38_143685_box_Incident_Summaries_101-172
Agency: Department of War
Page 142
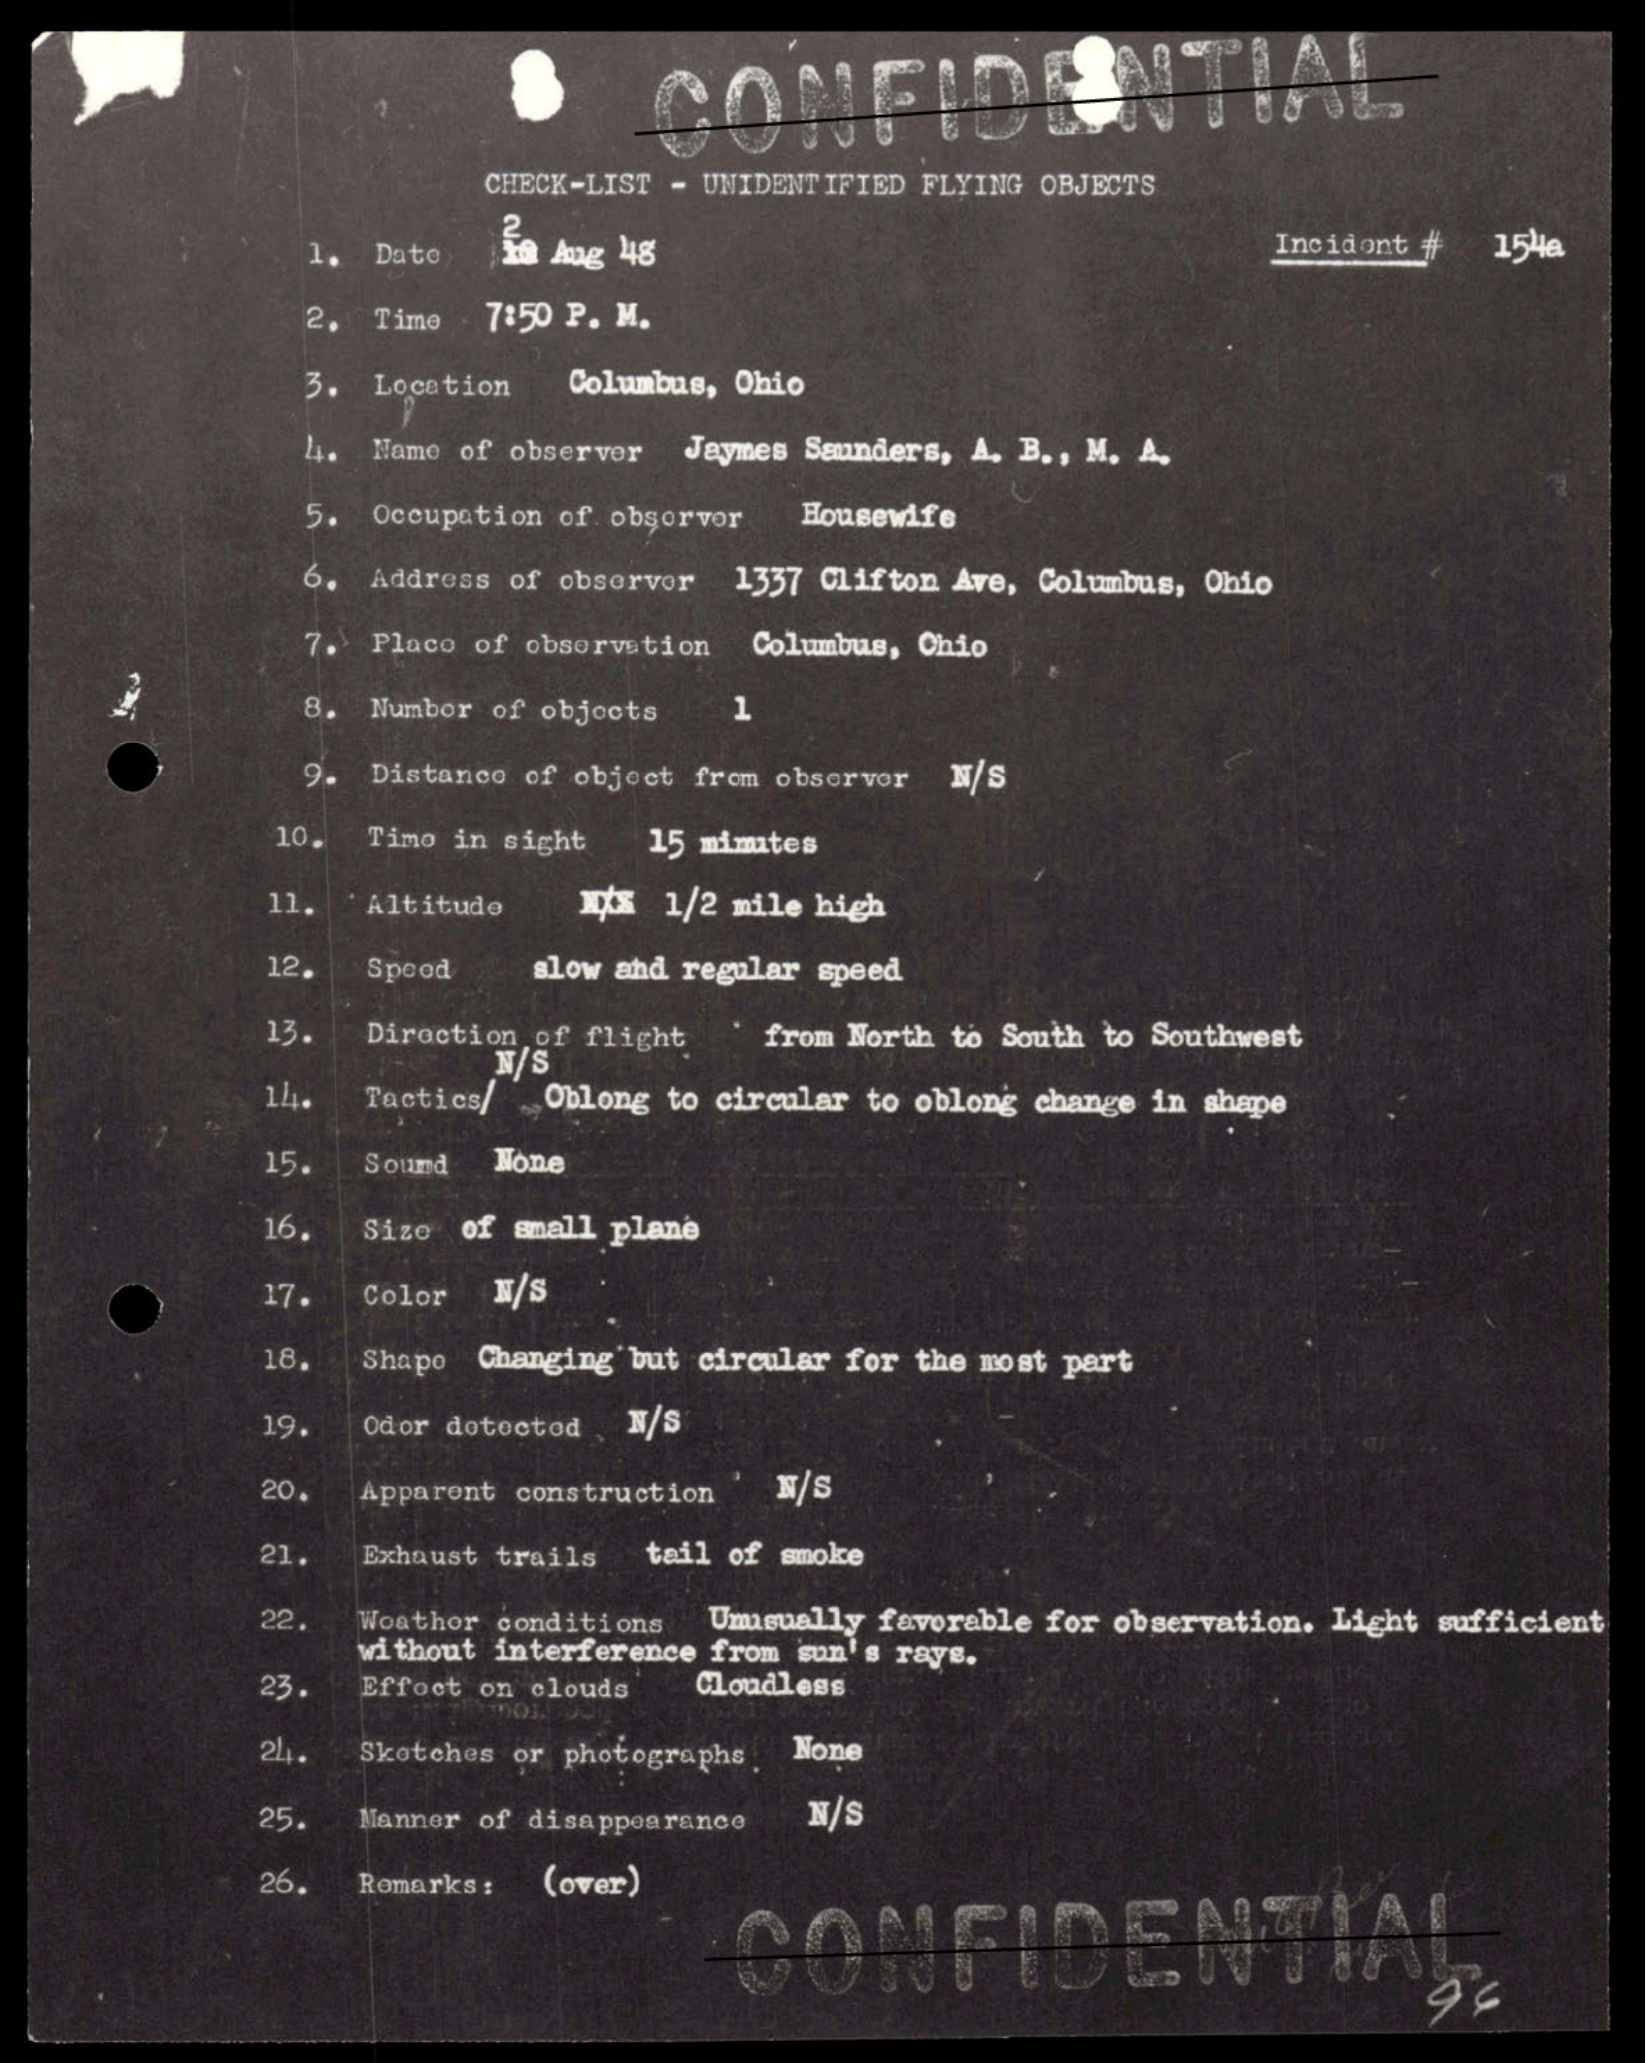